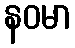
နဝမာ